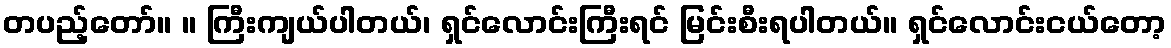
တပည့်တော်။ ။ ကြီးကျယ်ပါတယ်၊ ရှင်လောင်းကြီးရင် မြင်းစီးရပါတယ်။ ရှင်လောင်းငယ်တော့